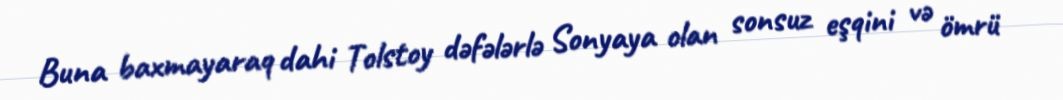
Buna baxmayaraq dahi Tolstoy dəfələrlə Sonyaya olan sonsuz eşqini və ömrü